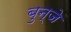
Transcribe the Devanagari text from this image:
बुन्जे